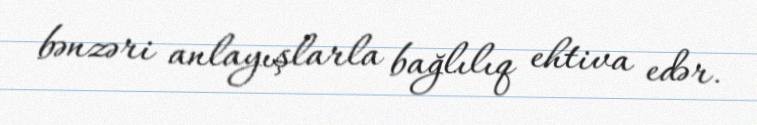
bənzəri anlayışlarla bağlılıq ehtiva edər.